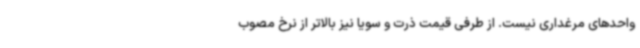
واحدهای مرغداری نیست. از طرفی قیمت ذرت و سویا نیز بالاتر از نرخ مصوب